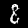
Label: 8